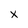
Character: x